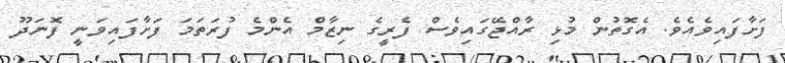
ފަށާފައިވެއެވެ. އެގޮތުން މުޅި ރާއްޖޭގައިވެސް ފެރީގެ ނިޒާމް އެންމެ ފުރަތަމަ ފަށާފައިވަނީ ފޮނަދޫ